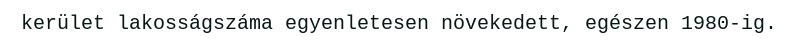
kerület lakosságszáma egyenletesen növekedett, egészen 1980-ig.